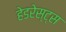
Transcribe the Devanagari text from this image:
हेडरेस्ट्स